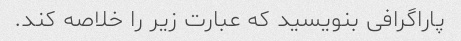
پاراگرافى بنويسيد كه عبارت زير را خلاصه كند.